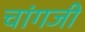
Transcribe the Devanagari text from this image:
चांगजी